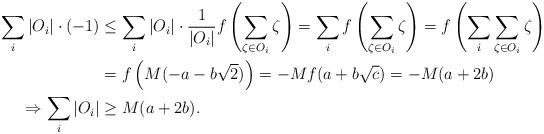
LaTeX: \begin{align*}\sum_i{|O_i|} \cdot (-1) &\leq \sum_i{|O_i| \cdot \frac{1}{|O_i|}f\left(\sum_{\zeta \in O_i}{\zeta}\right)} = \sum_i{f\left(\sum_{\zeta \in O_i}{\zeta}\right)} = f\left(\sum_i{\sum_{\zeta \in O_i}{\zeta}}\right) \\&= f\left(M(-a - b\sqrt{2})\right) = -Mf(a + b\sqrt{c}) = -M(a + 2b) \\\Rightarrow \sum_i{|O_i|} &\geq M(a + 2b).\end{align*}